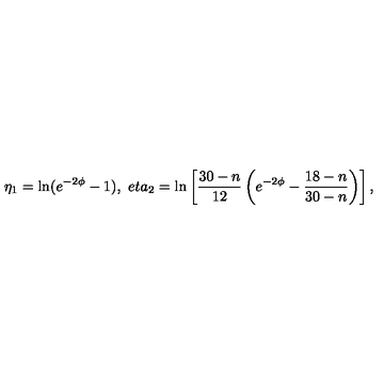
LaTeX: \eta _ { 1 } = \ln ( e ^ { - 2 \phi } - 1 ) , \ e t a _ { 2 } = \ln \left[ \frac { 3 0 - n } { 1 2 } \left( e ^ { - 2 \phi } - \frac { 1 8 - n } { 3 0 - n } \right) \right] ,